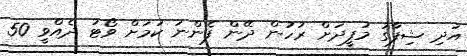
އަދި ޝިފާގު މުފީދަށް ރުހުން ދޭން ފެންނަ ކަމަށް ވޯޓު ދެއްވީ 50